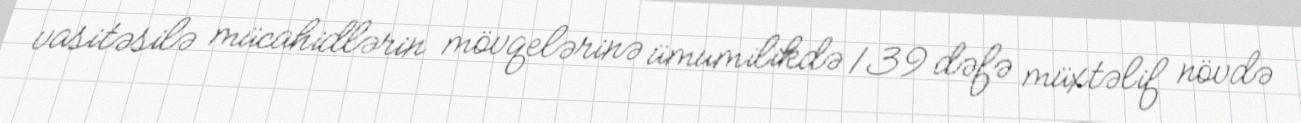
vasitəsilə mücahidlərin mövqelərinə ümumilikdə 139 dəfə müxtəlif növdə